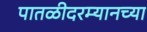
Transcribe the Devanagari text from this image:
पातळीदरम्यानच्या